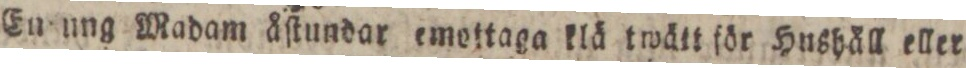
En ung Madam åſtundar emoftaga klä twätt för Hushäll eller